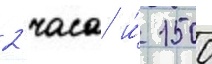
2 часа и́ 1500